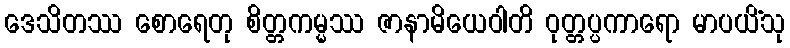
ဒေသိတဿ စောရေတု စိတ္တကမ္မဿ ဇာနာမိယေဝါတိ ဝုတ္တပ္ပကာရော မာပယိံသု